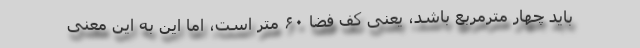
باید چهار مترمربع باشد، یعنی کف فضا ۶۰ متر است، اما این به این معنی